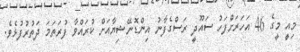
މިއީ މީގެ 46 އަހަރަށްފަހު ސައޫދީ ރަސްގެފާނު އިންޑޮނޭޝިޔާއަށް ކުރައްވާ ފުރަތަމަ ދަތުރުފުޅެވެ.